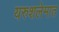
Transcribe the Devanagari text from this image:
यरुशलेमात